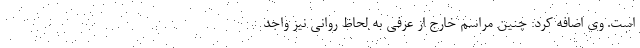
است. وی اضافه کرد: چنین مراسم خارج از عرفی به لحاظ روانی نیز واجد